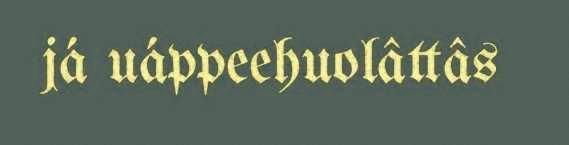
já uáppeehuolâttâs